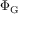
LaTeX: \Phi _ { \mathrm { G } }